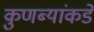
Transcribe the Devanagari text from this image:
कुणब्यांकडे